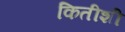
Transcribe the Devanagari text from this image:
कितीशी